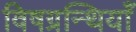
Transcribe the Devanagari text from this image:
विषग्रन्थियाँ